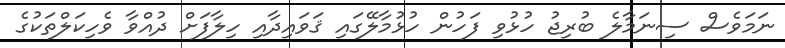
ނަމަވެސް ސިނަމާލެ ބުރިޖު ހުޅުވި ފަހުން ހުޅުމާލޭގައި ޤަވައިދާއި ހިލާފަށް ދުއްވާ ވެހިކަލްތަކުގެ